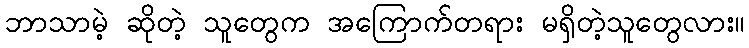
ဘာသာမဲ့ ဆိုတဲ့ သူတွေက အကြောက်တရား မရှိတဲ့သူတွေလား။